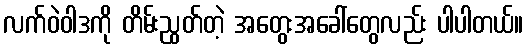
လက်ဝဲဝါဒကို တိမ်းညွတ်တဲ့ အတွေးအခေါ်တွေလည်း ပါပါတယ်။